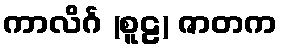
ကာလိင်္ဂ (စူဠ) ဇာတက